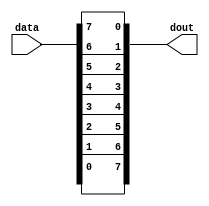
module  chang_fomat_8bits(
						input [7:0]data,
						output [7:0]dout
						);


assign  dout = {data[0],data[1],data[2],data[3],data[4],data[5],data[6],data[7]};


endmodule